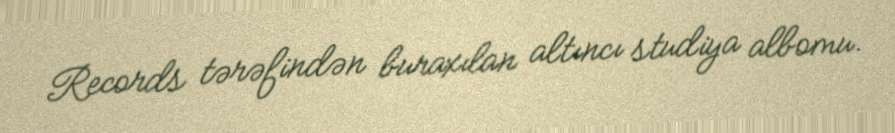
Records tərəfindən buraxılan altıncı studiya albomu.